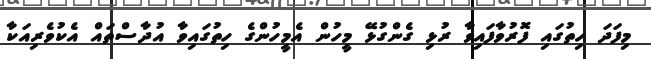
މިފަދަ ހިތުގައި ފޮރުވާފައިވާ ރުޅި ގެންގުޅޭ މީހުން އެމީހުންގެ ހިތުގައިވާ އުދާސްތައް އެކުވެރިއަކާ